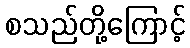
စသည်တို့ကြောင့်